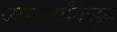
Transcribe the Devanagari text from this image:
व्यापार्यांकडून